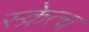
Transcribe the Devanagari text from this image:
स्क्रेत्च